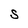
Character: S